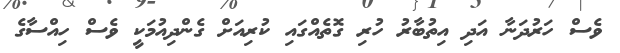
ވެސް ހަރުދަނާ އަދި އިތުބާރު ހުރި ގޮތެއްގައި ކުރިއަށް ގެންދިއުމަކީ ވެސް ހިއްސާގެ